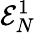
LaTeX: \mathcal{E}_{N}^{1}